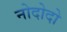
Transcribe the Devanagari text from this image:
नोदोदो